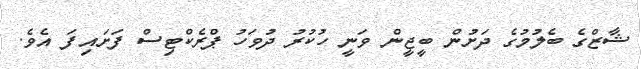
ޝާޒްގެ ބެލުމުގެ ދަށުން ބީީޖީން ވަނީ ހުކުރު ދުވަހު ޕްރެކްޓިސް ފަށައިފަ އެވެ.